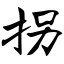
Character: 拐